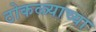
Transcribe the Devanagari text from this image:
ठोकळ्याच्या